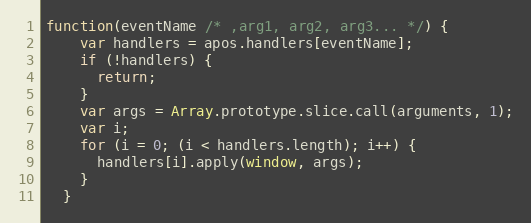
Language: JavaScript
function(eventName /* ,arg1, arg2, arg3... */) {
    var handlers = apos.handlers[eventName];
    if (!handlers) {
      return;
    }
    var args = Array.prototype.slice.call(arguments, 1);
    var i;
    for (i = 0; (i < handlers.length); i++) {
      handlers[i].apply(window, args);
    }
  }